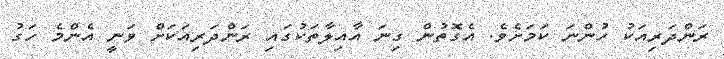
ރަންދަރިއަކު ހުންނަ ކަމަށެވެ. އެގޮތުން ގިނަ އާއިލާތަކުގައި ރަންދަރިއަކަށް ވަނީ އެންމެ ހަގު